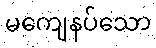
မကျေနပ်သော